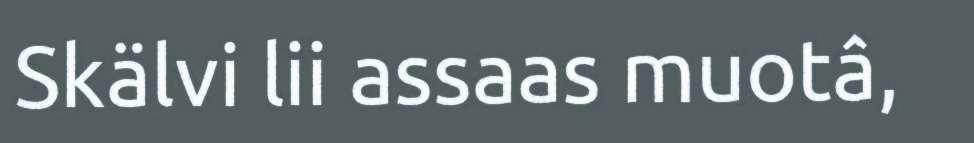
Skälvi lii assaas muotâ,